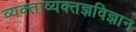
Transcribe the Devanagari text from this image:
व्यक्ताव्यक्तज्ञविज्ञान